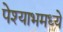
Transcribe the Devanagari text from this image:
पेश्याभमध्ये